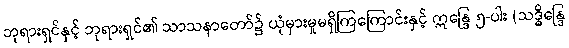
ဘုရားရှင်နှင့် ဘုရားရှင်၏ သာသနာတော်၌ ယုံမှားမှုမရှိကြကြောင်းနှင့် ဣန္ဒြေ ၅-ပါး (သဒ္ဓိန္ဒြေ